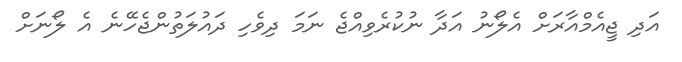
އަދި ޖީއެމްއާރަށް އެލޯނު އަދާ ނުކުރެވިއްޖެ ނަމަ ދިވެހި ދައުލަތުންޖެހޭނެ އެ ލޯނަށް